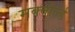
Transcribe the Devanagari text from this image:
मक्वोर्ल्ड